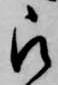
被